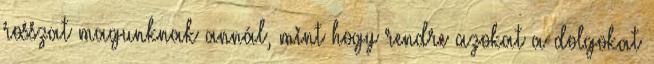
rosszat magunknak annál, mint hogy rendre azokat a dolgokat